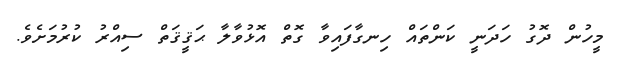
މީހުން ދޮގު ހަދަނީ ކަންތައް ހިނގާފައިވާ ގޮތް އޮޅުވާލާ ޙަޤީޤަތް ސިއްރު ކުރުމަށެވެ.